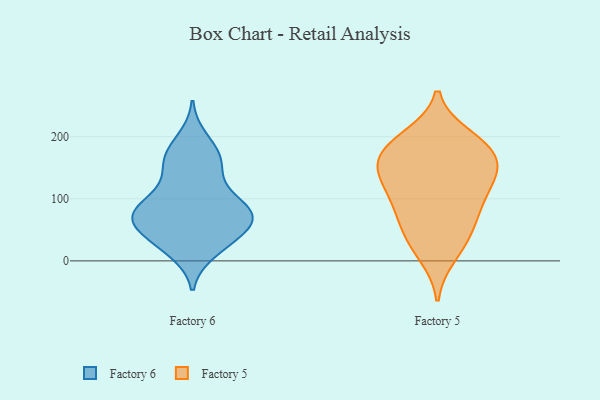
{"axis": {"x": "Budget (USD K)", "y": "Value"}, "legend": ["Factory 5", "Factory 6"], "data": [{"x": "", "y": 126, "type": "Factory 6"}, {"x": "", "y": 71, "type": "Factory 6"}, {"x": "", "y": 81, "type": "Factory 6"}, {"x": "", "y": 165, "type": "Factory 6"}, {"x": "", "y": 71, "type": "Factory 6"}, {"x": "", "y": 82, "type": "Factory 6"}, {"x": "", "y": 53, "type": "Factory 6"}, {"x": "", "y": 15, "type": "Factory 6"}, {"x": "", "y": 170, "type": "Factory 6"}, {"x": "", "y": 23, "type": "Factory 6"}, {"x": "", "y": 99, "type": "Factory 6"}, {"x": "", "y": 196, "type": "Factory 6"}, {"x": "", "y": 165, "type": "Factory 6"}, {"x": "", "y": 57, "type": "Factory 6"}, {"x": "", "y": 88, "type": "Factory 6"}, {"x": "", "y": 45, "type": "Factory 6"}, {"x": "", "y": 69, "type": "Factory 6"}, {"x": "", "y": 80, "type": "Factory 6"}, {"x": "", "y": 148, "type": "Factory 6"}, {"x": "", "y": 29, "type": "Factory 6"}, {"x": "", "y": 86, "type": "Factory 5"}, {"x": "", "y": 92, "type": "Factory 5"}, {"x": "", "y": 199, "type": "Factory 5"}, {"x": "", "y": 127, "type": "Factory 5"}, {"x": "", "y": 160, "type": "Factory 5"}, {"x": "", "y": 10, "type": "Factory 5"}, {"x": "", "y": 184, "type": "Factory 5"}, {"x": "", "y": 36, "type": "Factory 5"}, {"x": "", "y": 180, "type": "Factory 5"}, {"x": "", "y": 79, "type": "Factory 5"}, {"x": "", "y": 145, "type": "Factory 5"}, {"x": "", "y": 140, "type": "Factory 5"}, {"x": "", "y": 186, "type": "Factory 5"}, {"x": "", "y": 138, "type": "Factory 5"}, {"x": "", "y": 43, "type": "Factory 5"}]}